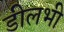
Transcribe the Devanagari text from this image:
डीलभी